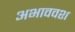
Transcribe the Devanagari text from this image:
अभाववश